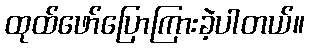
ထုထ်ဖော်ပြောကြားခဲ့ပါတယ်။